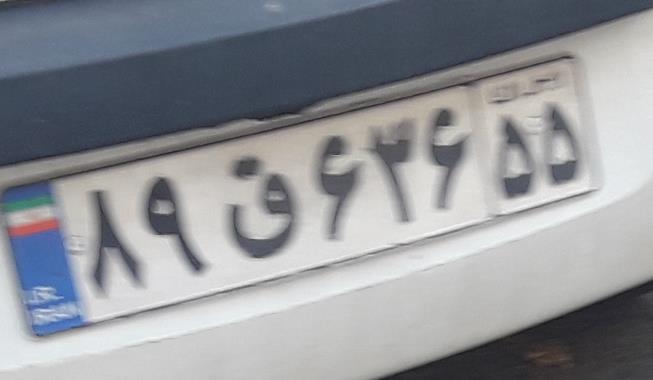
۸۹ق۶۳۶۵۵